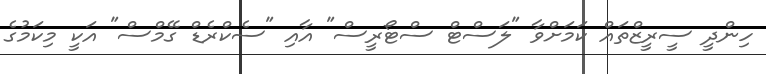
ހިންދީ ސީރީޒްތައް ކަމަށްވާ "ލަސްޓް ސްޓޯރީސް" އާއި "ސެކްރެޑް ގޭމްސް" އަކީ މިކަމުގެ